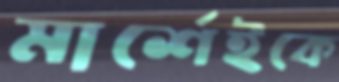
মার্শেইকে